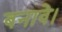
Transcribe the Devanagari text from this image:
बनावे।